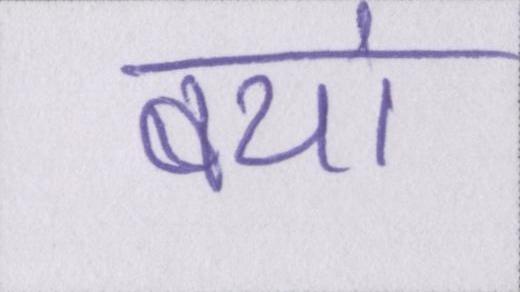
बयां